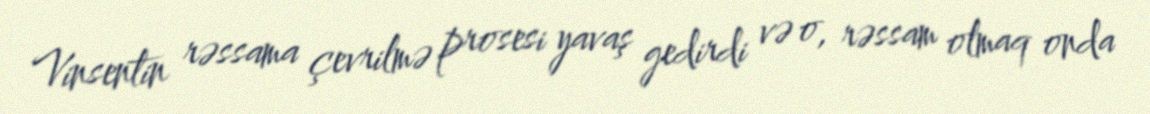
Vinsentin rəssama çevrilmə prosesi yavaş gedirdi və o, rəssam olmaq onda